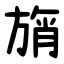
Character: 旓